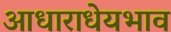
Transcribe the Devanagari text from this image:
आधाराधेयभाव